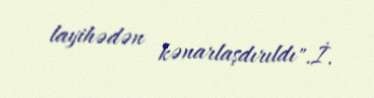
layihədən kənarlaşdırıldı".İ.